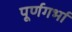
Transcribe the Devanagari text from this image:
पूर्णगर्भा